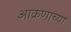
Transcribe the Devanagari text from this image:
आक्रणाच्या